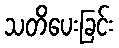
သတိပေးခြင်း